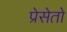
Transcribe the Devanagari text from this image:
प्रेसेतो